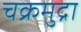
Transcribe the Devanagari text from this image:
चक्रमुद्रा